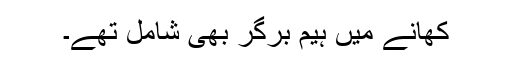
کھانے میں ہیم برگر بھی شامل تھے۔